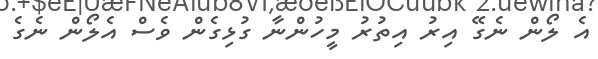
އެ ލޯން ނެގޭ އިރު އިތުރު މީހުންނާ ގުޅިގެން ވެސް އެލޯން ނެގެ